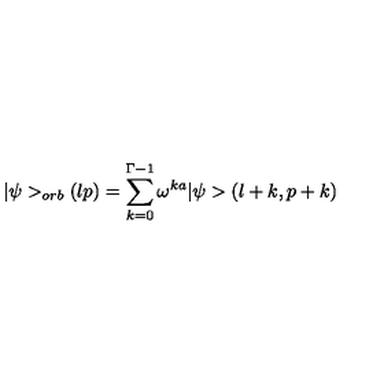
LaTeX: \vert \psi > _ { o r b } ( l p ) = \sum _ { k = 0 } ^ { \Gamma - 1 } \omega ^ { k a } \vert \psi > ( l + k , p + k )